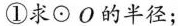
①求\odot O的半径；